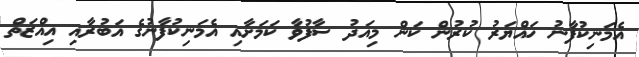
އެމަނިކުފާނު ހައްޔަރު ކުރުން ކަން މިއަދު ސާފުވާ ކަމަށާއި އެމަނިކުފާނުގެ އަބުރާއި އިއްޒަތް